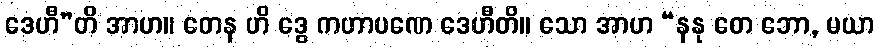
ဒေဟီ”တိ အာဟ။ တေန ဟိ ဒွေ ကဟာပဏေ ဒေဟီတိ။ သော အာဟ “နနု တေ ဘော, မယာ